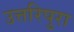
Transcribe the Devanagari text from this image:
उत्तरिपुरा